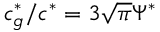
c _ { g } ^ { * } / c ^ { * } = 3 \sqrt { \pi } \Psi ^ { * }